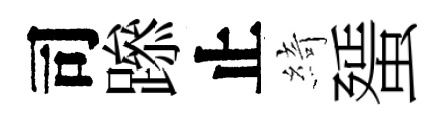
司𨅶止綺蜑